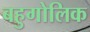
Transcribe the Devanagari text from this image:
बहुगोलिक